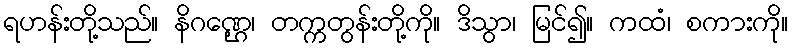
ရဟန်းတို့သည်။ နိဂဏ္ဌေ၊ တက္ကတွန်းတို့ကို။ ဒိသွာ၊ မြင်၍။ ကထံ၊ စကားကို။